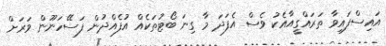
އައިސްފައިވާ ތަރައްގީއާއެކު ވެސް އެފަދަ މާ ގިނަ ބޯޓުތަކެއް އުފެއްދުން ފަސޭހަނޫން ވަރަށް